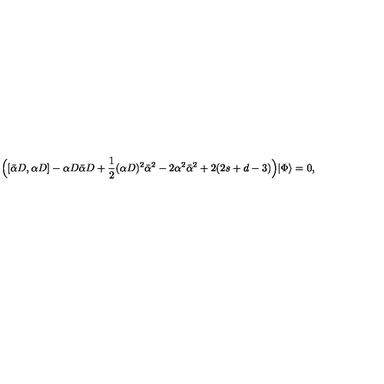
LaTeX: \Bigl ( [ \bar { \alpha } D , \alpha D ] - \alpha D \bar { \alpha } D + \frac { 1 } { 2 } ( \alpha D ) ^ { 2 } \bar { \alpha } ^ { 2 } - 2 \alpha ^ { 2 } \bar { \alpha } ^ { 2 } + 2 ( 2 s + d - 3 ) \Bigr ) | \Phi \rangle = 0 ,